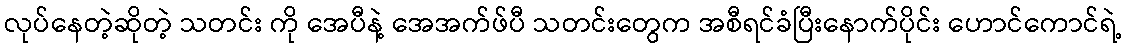
လုပ်နေတဲ့ဆိုတဲ့ သတင်း ကို အေပီနဲ့ အေအက်ဖ်ပီ သတင်းတွေက အစီရင်ခံပြီးနောက်ပိုင်း ဟောင်ကောင်ရဲ့